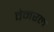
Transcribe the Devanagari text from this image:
वेनरल